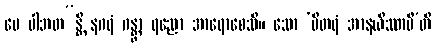
မေ ပါဘတ”န္တိ နဂရံ ဂန္တွာ ရညော အာရောစေသိ။ သော ‘ပိတရံ အာနယိဿာမီ’တိ